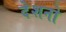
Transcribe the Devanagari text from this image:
देशनो